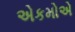
એકમોએ